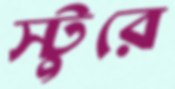
স্টুরে